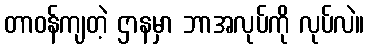
တာဝန်ကျတဲ့ ဌာနမှာ ဘာအလုပ်ကို လုပ်လဲ။